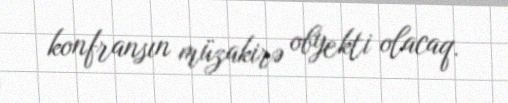
konfransın müzakirə obyekti olacaq.